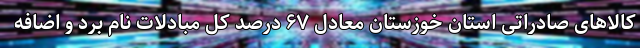
کالاهای صادراتی استان خوزستان معادل ۶۷ درصد کل مبادلات نام برد و اضافه